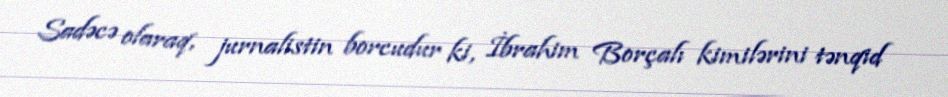
Sadəcə olaraq, jurnalistin borcudur ki, İbrahim Borçalı kimilərini tənqid